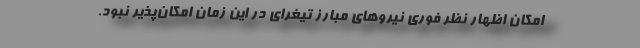
امکان اظهار نظر فوری نیروهای مبارز تیغرای در این زمان امکان‌پذیر نبود.